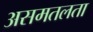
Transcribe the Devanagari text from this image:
असमतलता